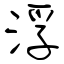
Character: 浮